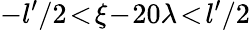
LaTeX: -l^{\prime}/2\! <\! \xi\! -\! 20\lambda\! <\! l^{\prime}/2